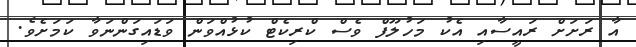
އާ ރަށަށް ރައީސާއި އެކު މަހުލޫފް ވެސް ކްރިކެޓް ކުޅުއްވަން ވަޑައިގަންނަވާ ކަމަށެވެ.